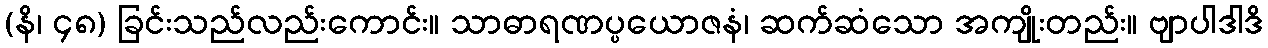
(နိ၊ ၄၈) ခြင်းသည်လည်းကောင်း။ သာဓာရဏပ္ပယောဇနံ၊ ဆက်ဆံသော အကျိုးတည်း။ ဗျာပါဒါဒိ